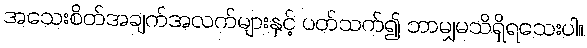
အသေးစိတ်အချက်အလက်များနှင့် ပတ်သက်၍ ဘာမျှမသိရှိရသေးပါ။